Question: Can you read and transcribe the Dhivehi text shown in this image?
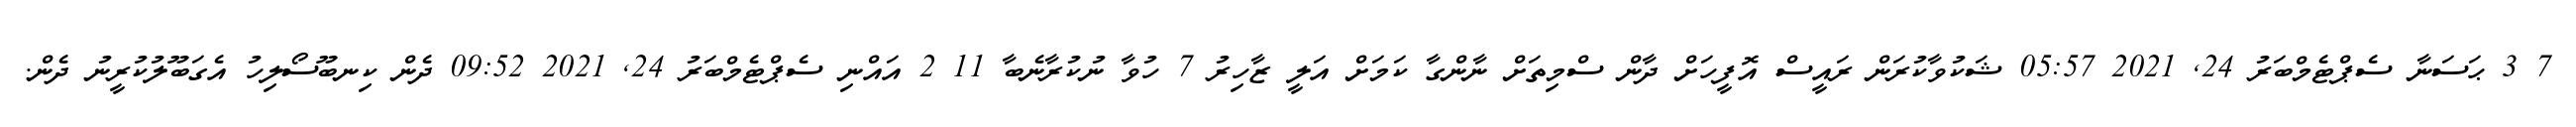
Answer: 7 3 ޙަސަނާ ސެޕްޓެމްބަރު 24, 2021 05:57 ޝަކުވާކުރަން ރައީސް އޮފީހަށް ދާން ސްމިތަށް ނާންގާ ކަމަށް އަލީ ޒާހިރު 7 ހުވާ ނުކުރާނެބާ 11 2 އައްނި ސެޕްޓެމްބަރު 24, 2021 09:52 ދެން ކިނބޫސޯލިހު އެގަބޫލުކުރީނު ދެން.